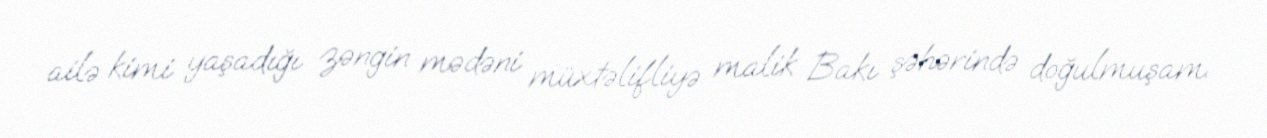
ailə kimi yaşadığı zəngin mədəni müxtəlifliyə malik Bakı şəhərində doğulmuşam.